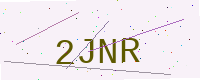
Text: 2JNR